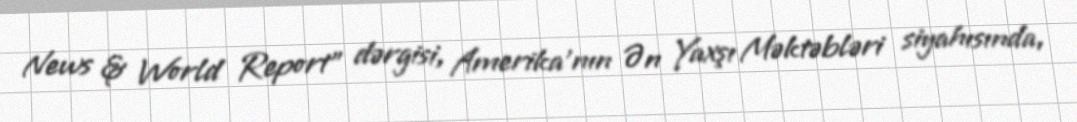
News & World Report" dərgisi, Amerika'nın Ən Yaxşı Məktəbləri siyahısında,